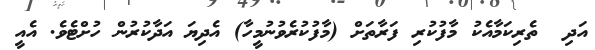
އަދި  ތެރިކަމާއެކު މާފުކުރި ފަރާތަށް (މާފުކުރެވުނުމީހާ) އެދިޔަ އަދާކުރުން ހުށްޓެވެ. އެއީ